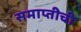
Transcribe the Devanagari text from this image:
समाप्तीची